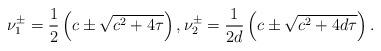
LaTeX: \begin{align*}\nu_1^\pm=\frac{1}{2}\left(c\pm\sqrt{c^2+4\tau}\right),\nu_2^\pm=\frac{1}{2d}\left(c\pm\sqrt{c^2+4d\tau}\right).\end{align*}